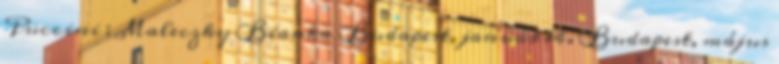
Puccini ; Maleczky Bianka Budapest, január 14. Budapest, május